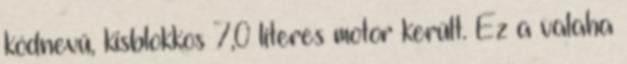
kódnevű, kisblokkos 7,0 literes motor került. Ez a valaha